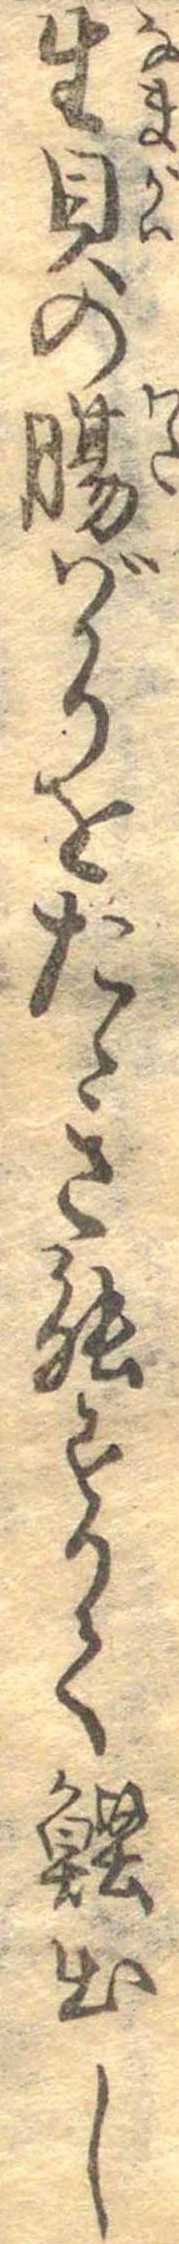
生貝の腸ばかりをたゝき能すりて鰹出し